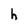
Character: h